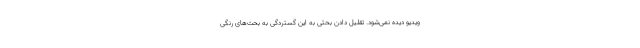
ویدیو دیده نمی‌شود. تقلیل دادن بحثی به این گستردگی به بحث‌های رنگی